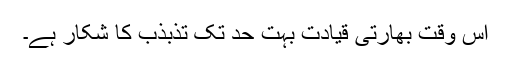
اس وقت بھارتی قیادت بہت حد تک تذبذب کا شکار ہے۔